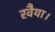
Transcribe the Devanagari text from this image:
रवैया।